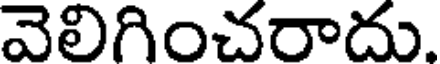
వెలిగించరాదు.